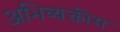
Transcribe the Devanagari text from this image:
अभिव्यक्तीस